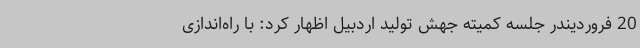
20 فروردیندر جلسه کمیته جهش تولید اردبیل اظهار کرد: با راه‌اندازی